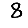
Digit: 8